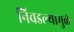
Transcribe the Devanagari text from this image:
निवडल्यामुळे